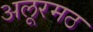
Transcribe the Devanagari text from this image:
अलूरमठ